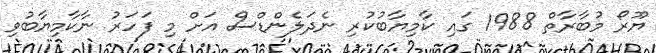
ޔޫރޯ މުބާރާތް 1988 ގައި ކާމިޔާބުކުރި ނެދަލެންޑްސް އަށް މި ފަހަރު ނާކާމިޔާބުވި